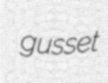
gusset